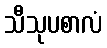
သီသုပစာလံ